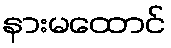
နားမထောင်